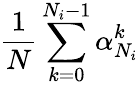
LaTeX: {\frac{1}{N}}\sum_{k=0}^{N_{i}-1}\alpha_{N_{i}}^{k}